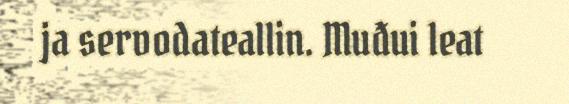
ja servodateallin. Muđui leat